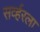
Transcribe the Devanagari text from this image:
सर्व्हरला